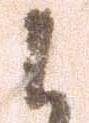
候